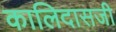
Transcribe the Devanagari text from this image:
कालिदासजी